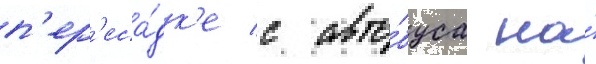
п'ер'еса́дк'е с авто́буса на́